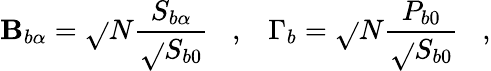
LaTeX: \mathbf{B}_{b\alpha}=\sqrt{}{{N}}\frac{{S_{b\alpha}}}{{\sqrt{}{{S_{b0}}}}}\; \; \; ,\; \; \; \Gamma_{b}=\sqrt{}{{N}}\frac{{P_{b0}}}{{\sqrt{}{{S_{b0}}}}}\; \; \; ,